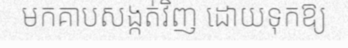
មកគាបសង្កត់វិញ ដោយទុកឱ្យ